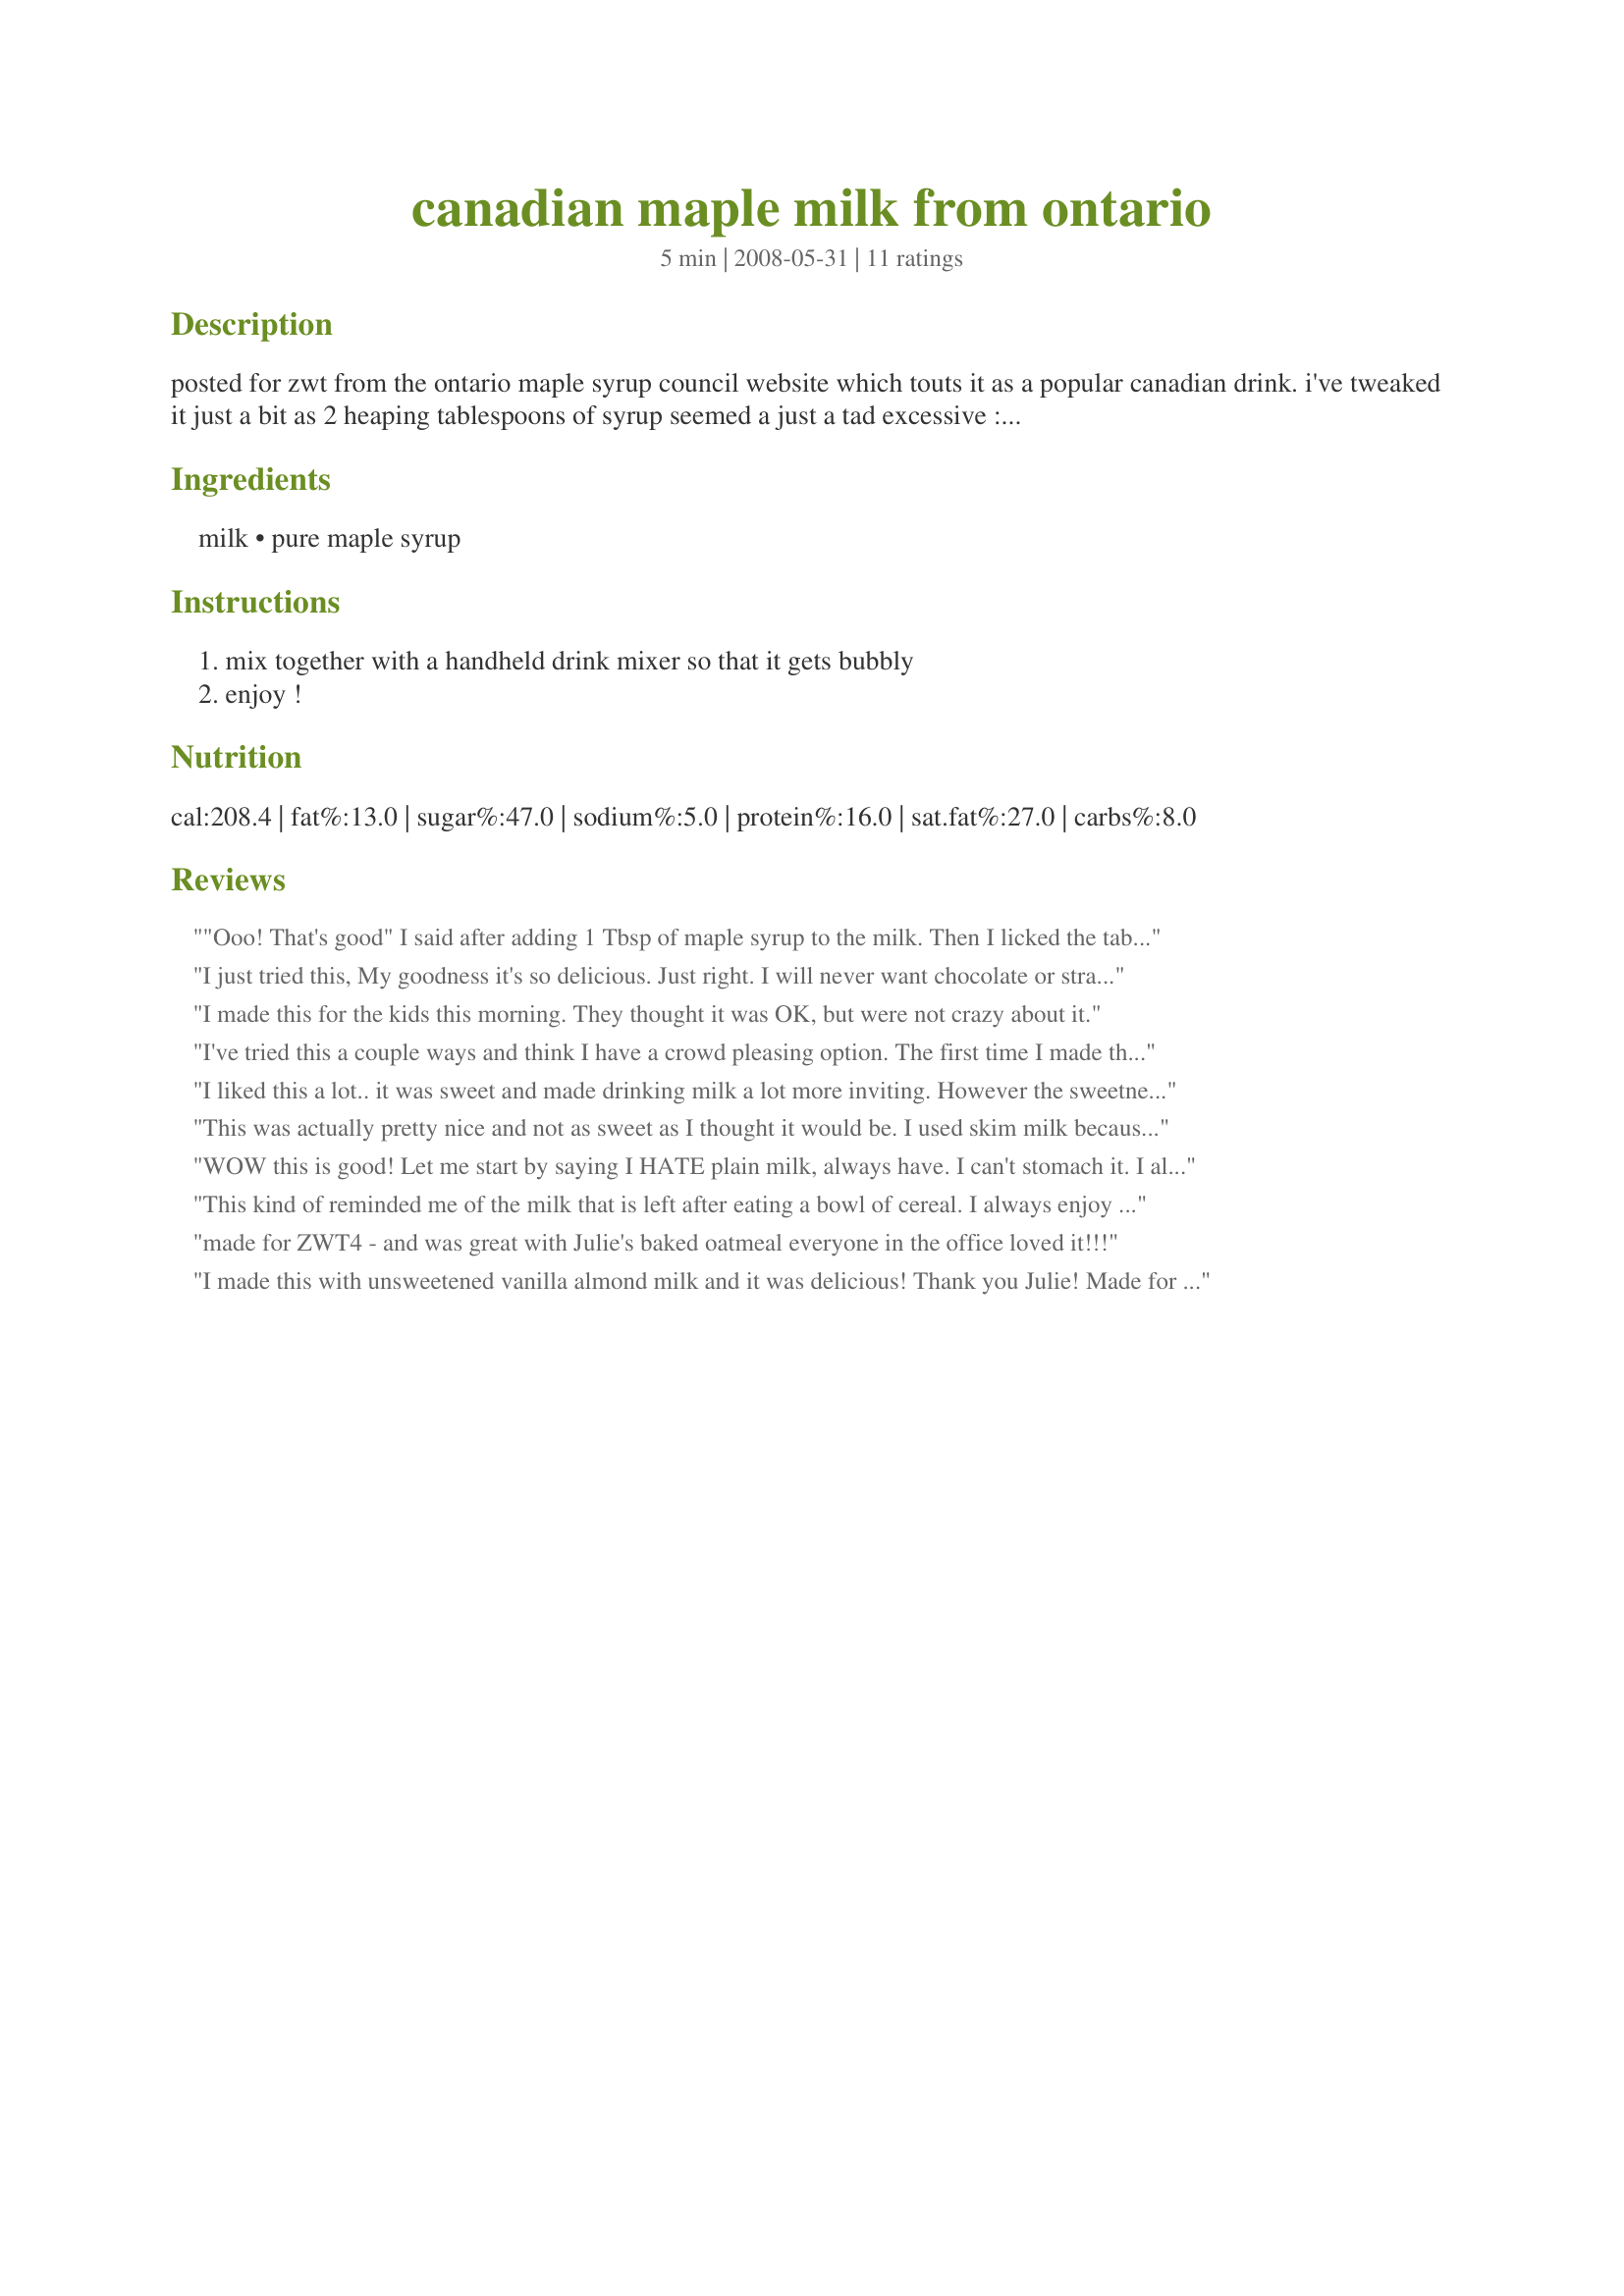
canadian maple milk from ontario
Preparation time: 5 minutes

posted for zwt from the ontario maple syrup council website which touts it as a popular canadian drink. i've tweaked it just a bit as 2 heaping tablespoons of syrup seemed a just a tad excessive :lol:

Ingredients:
milk, pure maple syrup

Steps:
mix together with a handheld drink mixer so that it gets bubbly, enjoy !

Reviews:
"Ooo! That's good" I said after adding 1 Tbsp of maple syrup to the milk. Then I licked the tablespoon! Thanks for the yummy, super-easy treat! Reviewed for ZWT4.
I just tried this, My goodness it's so delicious. Just right. I will never want chocolate or strawberry milk again. I rarley drink milk unless it's almond milk which I have not tried with this yet. I don't drink soda. I usually just drink spring water or tea and coffee. so this is a real treat!!!
I made this for the kids this morning. They thought it was OK, but were not crazy about it.
I've tried this a couple ways and think I have a crowd pleasing option. The first time I made this with vanilla soymilk and just 1 tablespoon of syrup. The maple and vanilla flavors intermingled well and I think ended with a better result than plain milk. The second time I made this I added in about 1/2 cup of crushed ice and that had yet a different flavor but also very good.
I liked this a lot.. it was sweet and made drinking milk a lot more inviting. However the sweetness isn't something that I would like too often, it was definiately nice for a change. I used the small add-on cup attachment on my new blender and this whizzed up in seconds. Please see my Rating System: 4 excellent stars for a very tasty treat and for a more inviting way to enjoy milk. Thanks!
This was actually pretty nice and not as sweet as I thought it would be. I used skim milk because it is all that I ever have in the house these days and one tablespoon of syrup was enough for me. I had to get over the mental block of drinking sugar milk but I did enjoy it and I am positive kids would love it. If I could find some sugar free maple syrup I would give it another try and see if it tasted the same without the guilt. Made for ZWT4.
WOW this is good! Let me start by saying I HATE plain milk, always have. I can't stomach it. I always have to have chocolate or strawberry flavor in it to even manage it, and the occassion I do that is rare. I am, however, pregnant and trying to get lots of calcium for my little one so decided to try this. This makes it bearable and honestly is less sugar than chocolate milk as well as made with more natural ingredients - I love it! Thanks for sharing.
This kind of reminded me of the milk that is left after eating a bowl of cereal. I always enjoy that sweet milk and this is just like it. Thank you Puppitypup! Made for ZWT by a Jefe de la Cocina.
made for ZWT4 - and was great with Julie's baked oatmeal everyone in the office loved it!!!
I made this with unsweetened vanilla almond milk and it was delicious! Thank you Julie! Made for ZWT4!
We thought it was great! Cold milk with a hint of maple flavor and sweetness. I used skim milk and think I will make this when I am craving a milk shake. It's not the same, but it is a great alternative! Thanks for sharing. Made for ZWT4.
